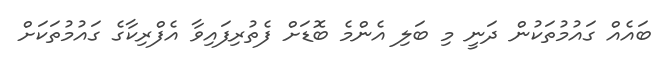
ބައެއް ގައުމުތަކުން ދަނީ މި ބަލި އެންމެ ބޮޑަށް ފެތުރިފައިވާ އެފްރިކާގެ ގައުމުތަކަށް